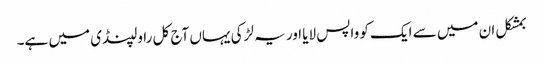
بمشکل ان میں سے ایک کو واپس لایا اور یہ لڑکی یہاں آج کل راولپنڈی میں ہے۔